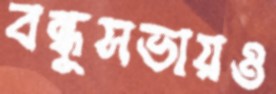
বন্ধুসভায়ও